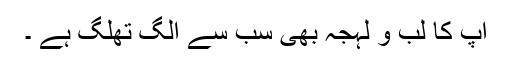
آپ کا لب و لہجہ بھی سب سے الگ تھلگ ہے ۔